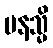
ပနသ္မိ